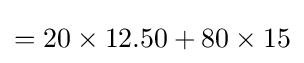
=20\times 12.50+80\times 15